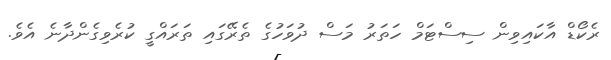
ރެކޯޑް އާކައިވިން ސިސްޓަމް ހަތަރު މަސް ދުވަހުގެ ތެރޭގައި ތަރައްގީ ކުރެވިގެންދާނެ އެވެ.